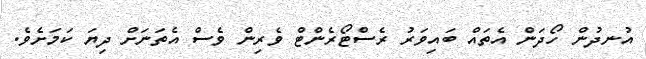
އުނދުން ހޯދަން އެތައް ބައިވަރު ރެސްޓޯރެންޓް ވެރިން ވެސް އެތަނަށް ދިޔަ ކަމަށެވެ.